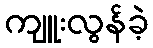
ကျူးလွန်ခဲ့